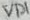
Text: VD1